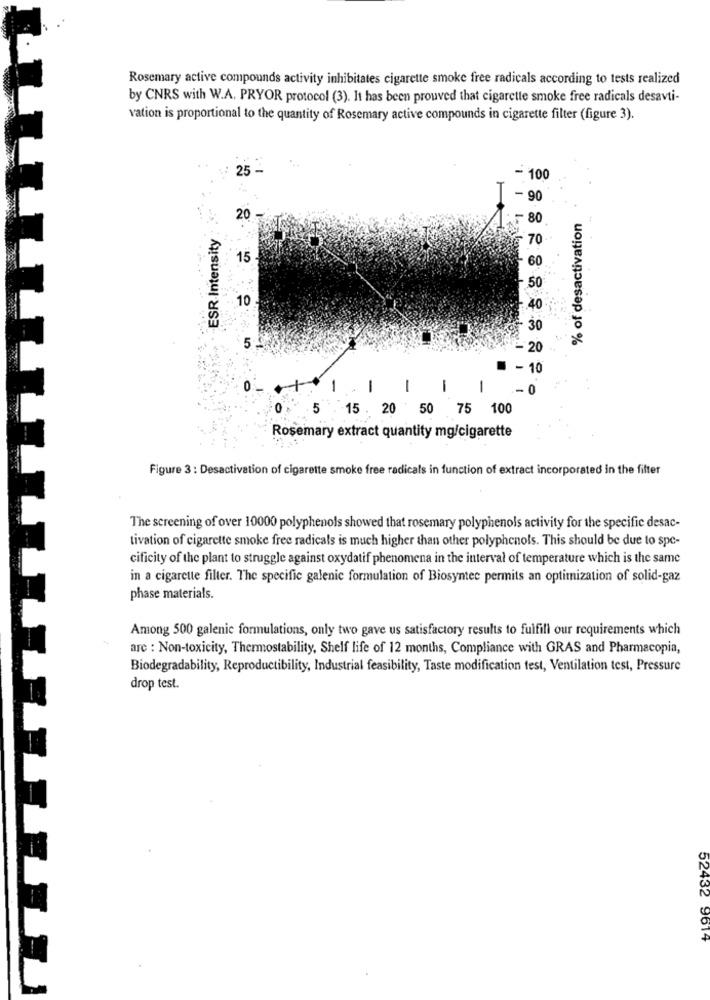
Rosemary active compounds activity inhibitates cigarette smoke free radicals according to tests realized
by CNRS with W.A. PRYOR protocol (3). It has been prouved that cigarette smoke free radicals desavti-
vation is proportional to the quantity of Rosemary active compounds in cigarette filter (figure 3).
25
- 100
-90
20
80
% of desactivation
ESR Intensity
15 -
60
.50
10
20
= - 10
-
-
-
1
-
5
15. 20 50 75 100
Rosemary extract quantity mg/cigarette
Figure 3 : Desactivation of cigarette smoke free radicals in function of extract incorporated in the filter
The screening of over 10000 polyphenols showed that rosemary polyphenols activity for the specific desac-
tivation of cigarette smoke free radicals is much higher than other polyphenols. This should be due to spe-
cificity of the plant to struggle against oxydatif phenomena in the interval of temperature which is the same
in a cigarette filter. The specific galenic formulation of Biosyntec permits an optimization of solid-gaz
phase materials.
Among 500 galenic formulations, only two gave us satisfactory results to fulfill our requirements which
arc : Non-toxicity, Thermostability, Shelf life of 12 months, Compliance with GRAS and Pharmacopia,
Biodegradability, Reproductibility, Industrial feasibility, Taste modification test, Ventilation test, Pressure
drop test.
52432 9614